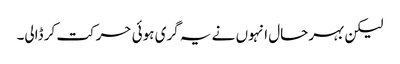
لیکن بہرحال انہوں نے یہ گری ہوئی حرکت کر ڈالی۔